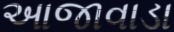
આજાવાડા